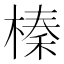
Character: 榛